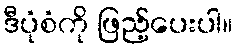
ဒီပုံစံကို ဖြည့်ပေးပါ။